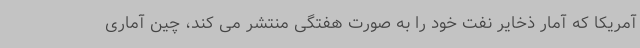
آمریکا که آمار ذخایر نفت خود را به صورت هفتگی منتشر می کند، چین آماری